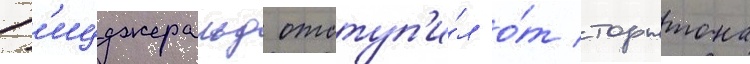
Ф'ицджеральд отступ'и́л о́т торнтона